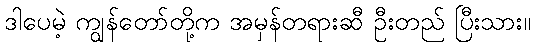
ဒါပေမဲ့ ကျွန်တော်တို့က အမှန်တရားဆီ ဦးတည် ပြီးသား။